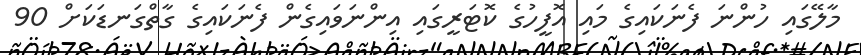
މާލޭގައި ހުންނަ ފެނަކައިގެ މައި އޮފީހުގެ ކޮޓަރީގައި އިންނަވައިގެން ފެނަކައިގެ ގާތްގަނޑަކަށް 90